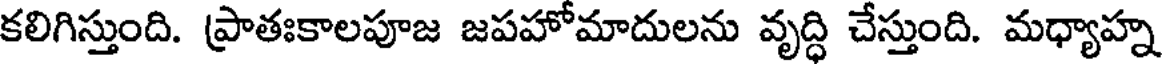
కలిగిస్తుంది. ప్రాతఃకాలపూజ జపహోమాదులను వృద్ధి చేస్తుంది. మధ్యాహ్న